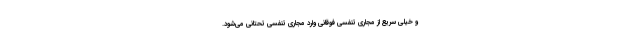
و خیلی سریع از مجاری تنفسی فوقانی وارد مجاری تنفسی تحتانی می‌شود.